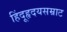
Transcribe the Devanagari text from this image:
हिंदूहृदयसम्राट